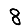
Digit: 8